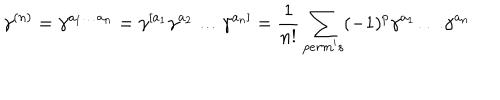
LaTeX: \gamma ^ { ( n ) } = \gamma ^ { a _ { 1 } \ldots a _ { n } } = \gamma ^ { [ a _ { 1 } } \gamma ^ { a _ { 2 } } \ldots \gamma ^ { a _ { n } ] } = \frac { 1 } { n ! } \sum _ { p e r m ^ { \prime } s } ( - 1 ) ^ { p } \gamma ^ { a _ { 1 } } \ldots \gamma ^ { a _ { n } }